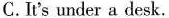
C.It's under a desk.